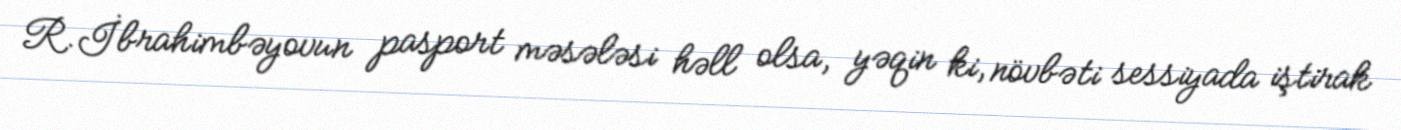
R.İbrahimbəyovun pasport məsələsi həll olsa, yəqin ki, növbəti sessiyada iştirak